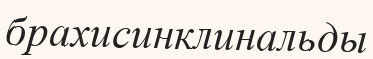
брахисинклинальды